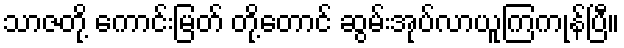
သာဇတို့ ကောင်းမြတ် တို့တောင် ဆွမ်းအုပ်လာယူကြကုန်ပြီ။